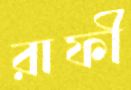
রাফী